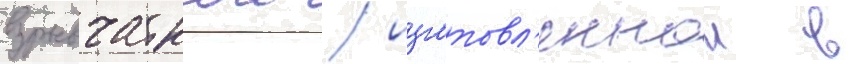
взрывчаткои / изготовл'еннои в